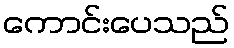
ကောင်းပေသည်